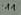
Text: 11